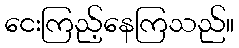
ငေးကြည့်နေကြသည်။